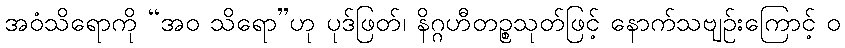
အဝံသိရောကို “အဝ သိရော”ဟု ပုဒ်ဖြတ်၊ နိဂ္ဂဟီတဉ္စသုတ်ဖြင့် နောက်သဗျဉ်းကြောင့် ဝ